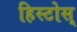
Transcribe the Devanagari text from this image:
हिस्टोस्‌